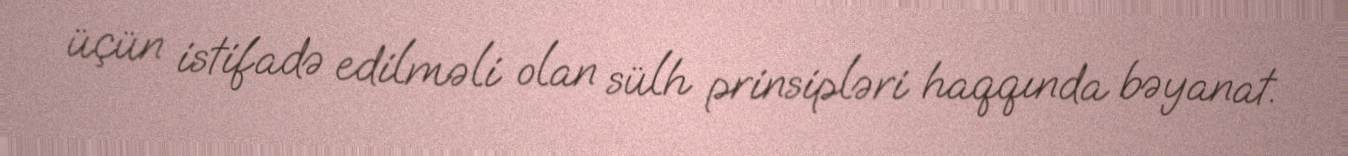
üçün istifadə edilməli olan sülh prinsipləri haqqında bəyanat.